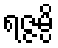
ရဇ္ဇမ္ပိ